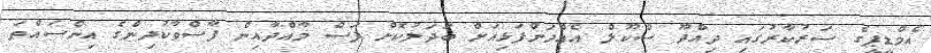
އެމްޑީޕީގެ ސަރުކާރުގައި ދިއްދޫ ސްކޫލް އެއްދަންފަޅިއަށް ބަދަލުކޮށް ފަސް މާއްދާއިން ފާސްވާކުދިންގެ އިންސައްތަ